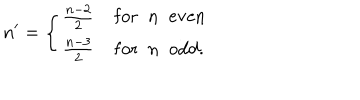
n ^ { \prime } = \left\{ \begin{array} { l } { { \frac { n - 2 } { 2 } \; \mathrm { f o r \; \; n \; \; e v e n } } } \\ { { \frac { n - 3 } { 2 } \; \mathrm { f o r \; \; n \; \; o d d } . } } \\ \end{array} \right.